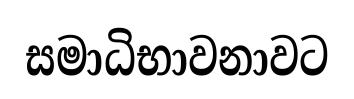
සමාධිභාවනාවට